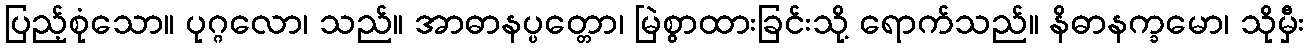
ပြည့်စုံသော။ ပုဂ္ဂလော၊ သည်။ အာဓာနပ္ပတ္တော၊ မြဲစွာထားခြင်းသို့ ရောက်သည်။ နိဓာနက္ခမော၊ သိုမှီး